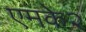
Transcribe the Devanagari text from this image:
एमके२